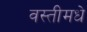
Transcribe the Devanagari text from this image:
वस्तीमधे